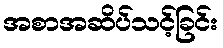
အစာအဆိပ်သင့်ခြင်း